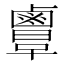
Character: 𪉲